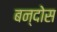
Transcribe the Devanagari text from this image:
बन्दोस